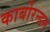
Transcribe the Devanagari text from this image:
कार्बोरन्डम